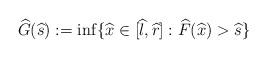
LaTeX: \begin{align*}\widehat{G}(\widehat s):=\inf\{\widehat{x}\in [\widehat{l},\widehat{r}]: \widehat{F}(\widehat{x})>\widehat s\}\end{align*}